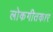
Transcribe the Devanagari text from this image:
लोकगीतकार